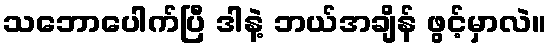
သဘောပေါက်ပြီ ဒါနဲ့ ဘယ်အချိန် ဖွင့်မှာလဲ။